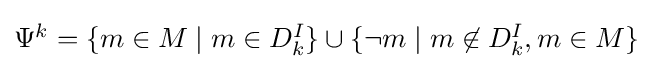
{\textstyle \Psi ^{k}=\lbrace m\in M\mid m\in D_{k}^{I}\rbrace \cup \lbrace \neg m\mid m\not \in D_{k}^{I},m\in M\rbrace }